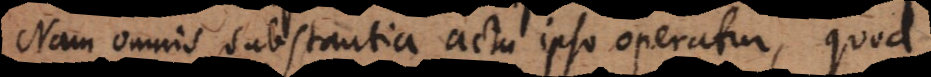
Nam omnis substantia actu ipso operatur, quod